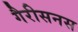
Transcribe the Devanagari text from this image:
गैरीसनस